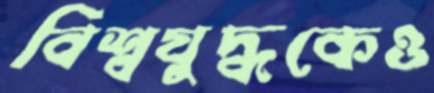
বিশ্বযুদ্ধকেও